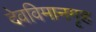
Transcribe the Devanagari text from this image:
देवविमानगृह